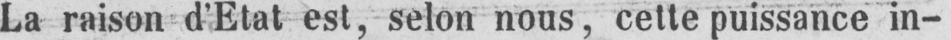
La raison d’Etat est, selon nous, cette puissance in-